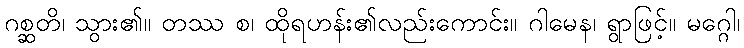
ဂစ္ဆတိ၊ သွား၏။ တဿ စ၊ ထိုရဟန်း၏လည်းကောင်း။ ဂါမေန၊ ရွာဖြင့်။ မဂ္ဂေါ၊